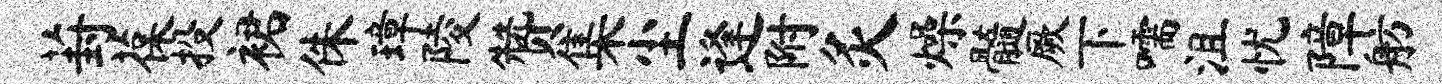
葑葆投裙侏璋陵赞集尘逢附灸燥髓厥下嚅沮忧障舫